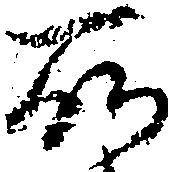
所